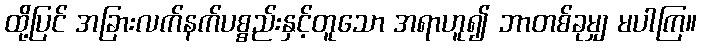
ထို့ပြင် အခြားလက်နက်ပစ္စည်းနှင့်တူသော အရာဟူ၍ ဘာတစ်ခုမျှ မပါကြ။